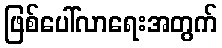
ဖြစ်ပေါ်လာရေးအတွက်